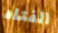
الفتاه